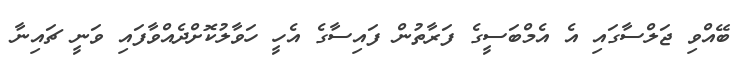
ބޭއްވި ޖަލްސާގައި އެ އެމްބަސީގެ ފަރާތުން ފައިސާގެ އެހީ ހަވާލުކޮށްދެއްވާފައި ވަނީ ޗައިނާ